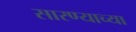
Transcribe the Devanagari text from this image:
सारण्याच्या